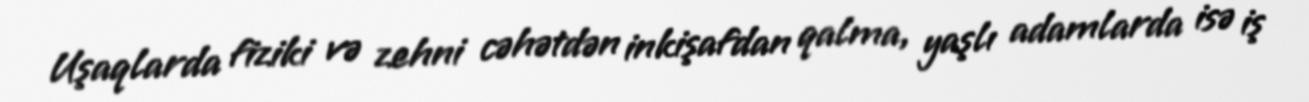
Uşaqlarda fiziki və zehni cəhətdən inkişafdan qalma, yaşlı adamlarda isə iş